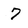
Character: 7